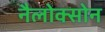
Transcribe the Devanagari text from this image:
नैलोक्सोन